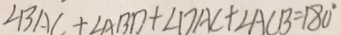
\angle B A C + \angle A B D + \angle D A C + \angle A C B = 1 8 0 ^ { \circ }